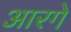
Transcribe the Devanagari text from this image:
आरगे